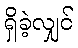
ရှိခဲ့လျှင်